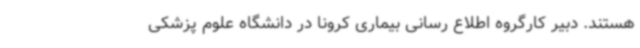
هستند. دبیر کارگروه اطلاع رسانی بیماری کرونا در دانشگاه علوم پزشکی